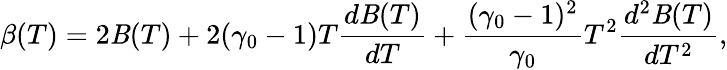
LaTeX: \beta(T)=2\mathit{B}(T)+2(\gamma_{0}-1)T\frac{{d\mathit{B}(T)}}{{dT}}+\frac{{(\gamma_{0}-1)^{2}}}{{\gamma_{0}}}T^{2}\frac{{d^{2}\mathit{B}(T)}}{{dT^{2}}},